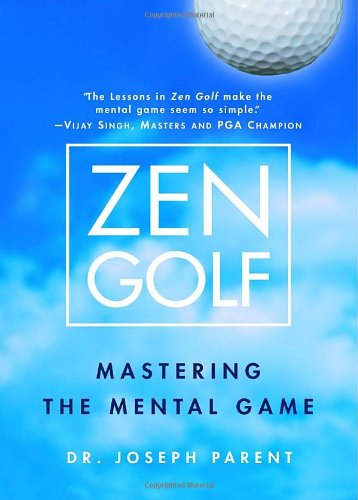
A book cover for Zen Golf: Mastering the Mental Game; Joseph Parent; Religion & Spirituality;